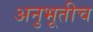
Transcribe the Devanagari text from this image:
अनुभूतीच